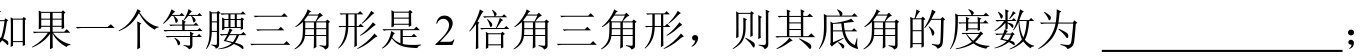
如果一个等腰三角形是$2$倍角三角形，则其底角的度数为  \_\_\_\_\_\_\_\_；